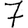
Digit: 7